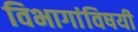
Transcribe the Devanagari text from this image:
विभागांविषयी